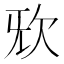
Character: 𣢕